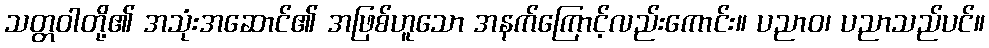
သတ္တဝါတို့၏ အသုံးအဆောင်၏ အဖြစ်ဟူသော အနက်ကြောင့်လည်းကောင်း။ ပညာဝ၊ ပညာသည်ပင်။